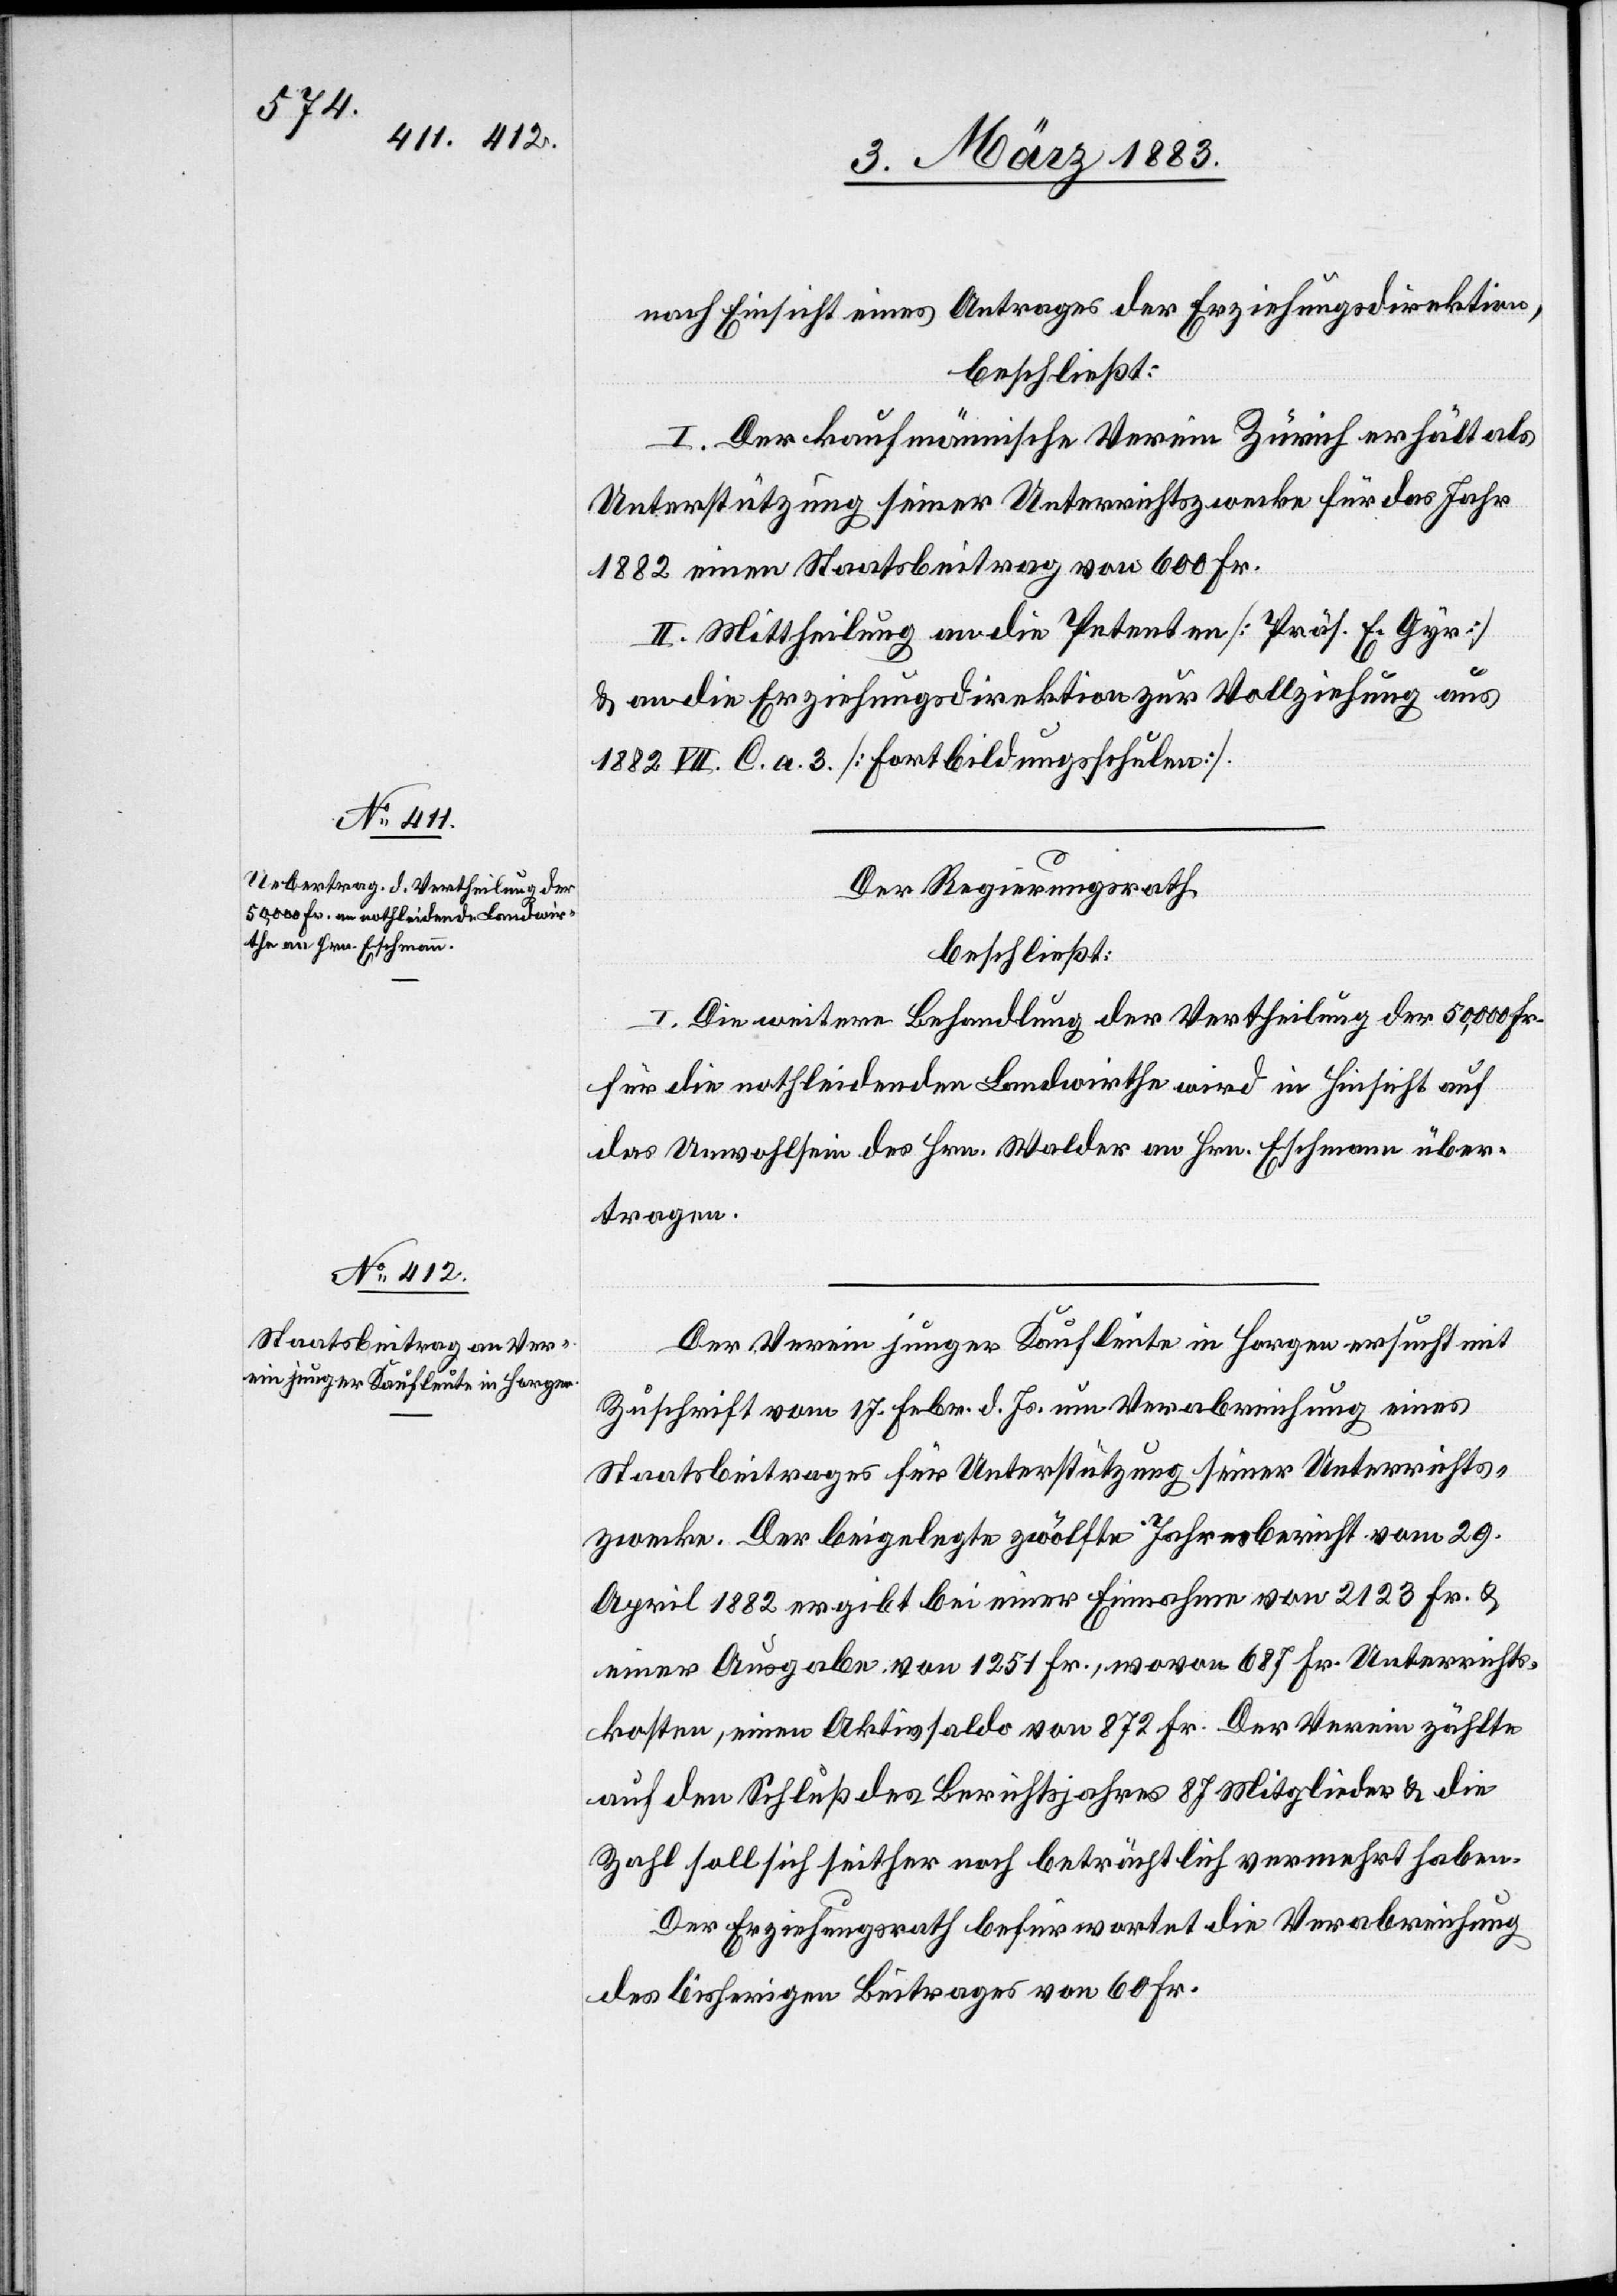
nach Einsicht eines Antrages der Erziehungsdirektion,
beschließt:
I. Der kaufmännische Verein Zürich erhält als
Unterstützung seiner Unterrichtszwecke für das Jahr
1882 einen Staatsbeitrag von 600 Fr.
II. Mittheilung an die Petenten [Präs. E. Gyr]
& an die Erziehungsdirektion zur Vollziehung aus
1882 VII. C. a. 3. [Fortbildungsschulen.]
Der Regierungsrath
beschließt:
Die weitere Behandlung der Vertheilung der 50,000 Fr.
für die nothleidenden Landwirthe wird in Hinsicht auf
das Unwohlsein des Hrn. Walder an Hrn. Eschmann über¬
tragen.
Der Verein junger Kaufleute in Horgen ersucht mit
Zuschrift vom 17. Febr. d. Js. um Verabreichung eines
Staatsbeitrages für Unterstützung seiner Unterrichts¬
zwecke. Der beigelegte zwölfte Jahresbericht vom 29.
April 1882 ergibt bei einer Einnahme von 2123 Fr. &
einer Ausgabe von 1251 Fr., wovon 687 Fr. Unterrichts¬
kosten, einen Aktivsaldo von 872 Fr. Der Verein zählte
auf den Schluß des Berichtsjahres 87 Mitglieder & die
Zahl soll sich seither noch beträchtlich vermehrt haben.
Der Erziehungsrath befürwortet die Verabreichung
des bisherigen Beitrages von 60. Fr.